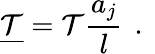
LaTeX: \underline{{\mathcal{T}}}=\mathcal{T}\frac{a_{j}}{l}\, \mathrm{~.~}